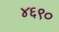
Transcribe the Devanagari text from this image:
४६९०